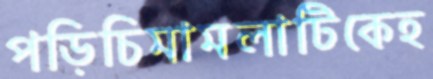
পড়িচিমামলাটিকেহ